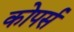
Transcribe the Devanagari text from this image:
कोपर्स